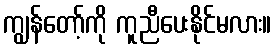
ကျွန်တော့်ကို ကူညီပေးနိုင်မလား။